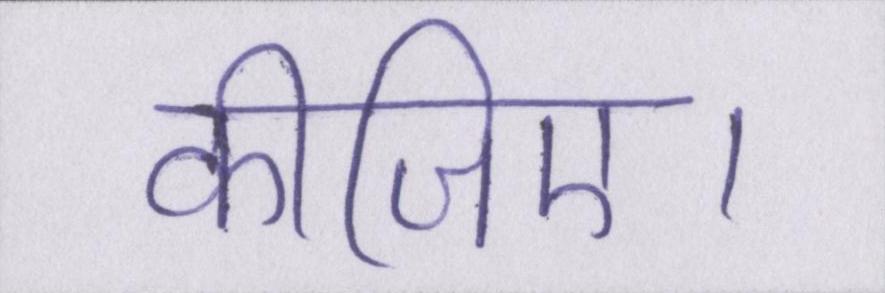
कीजिए।